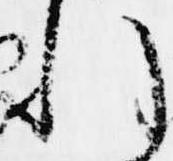
れ